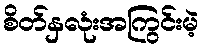
စိတ်နှလုံးအကြွင်းမဲ့